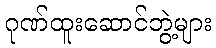
ဂုဏ်ထူးဆောင်ဘွဲ့များ